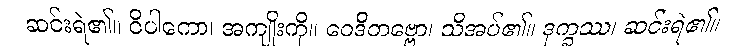
ဆင်းရဲ၏။ ဝိပါကော၊ အကျိုးကို။ ဝေဒိတဗ္ဗော၊ သိအပ်၏။ ဒုက္ခဿ၊ ဆင်းရဲ၏။